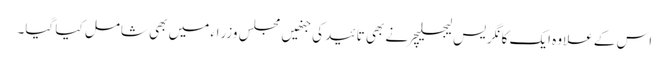
اس کے علاوہ ایک کانگریس لیجسلیچر نے بھی تائید کی جنھیں مجلس وزراء میں بھی شامل کیا گیا۔